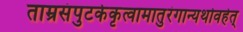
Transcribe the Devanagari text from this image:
ताम्रसंपुटकेकृत्वामातुरंगान्यथोवहेत्